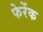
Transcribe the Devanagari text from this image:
फेरेंक